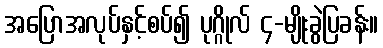
အပြောအလုပ်နှင့်စပ်၍ ပုဂ္ဂိုလ် ၄-မျိုးခွဲပြခန်း။